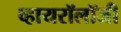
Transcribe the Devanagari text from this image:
व्हायरॉलॉजी